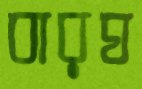
বারঘ